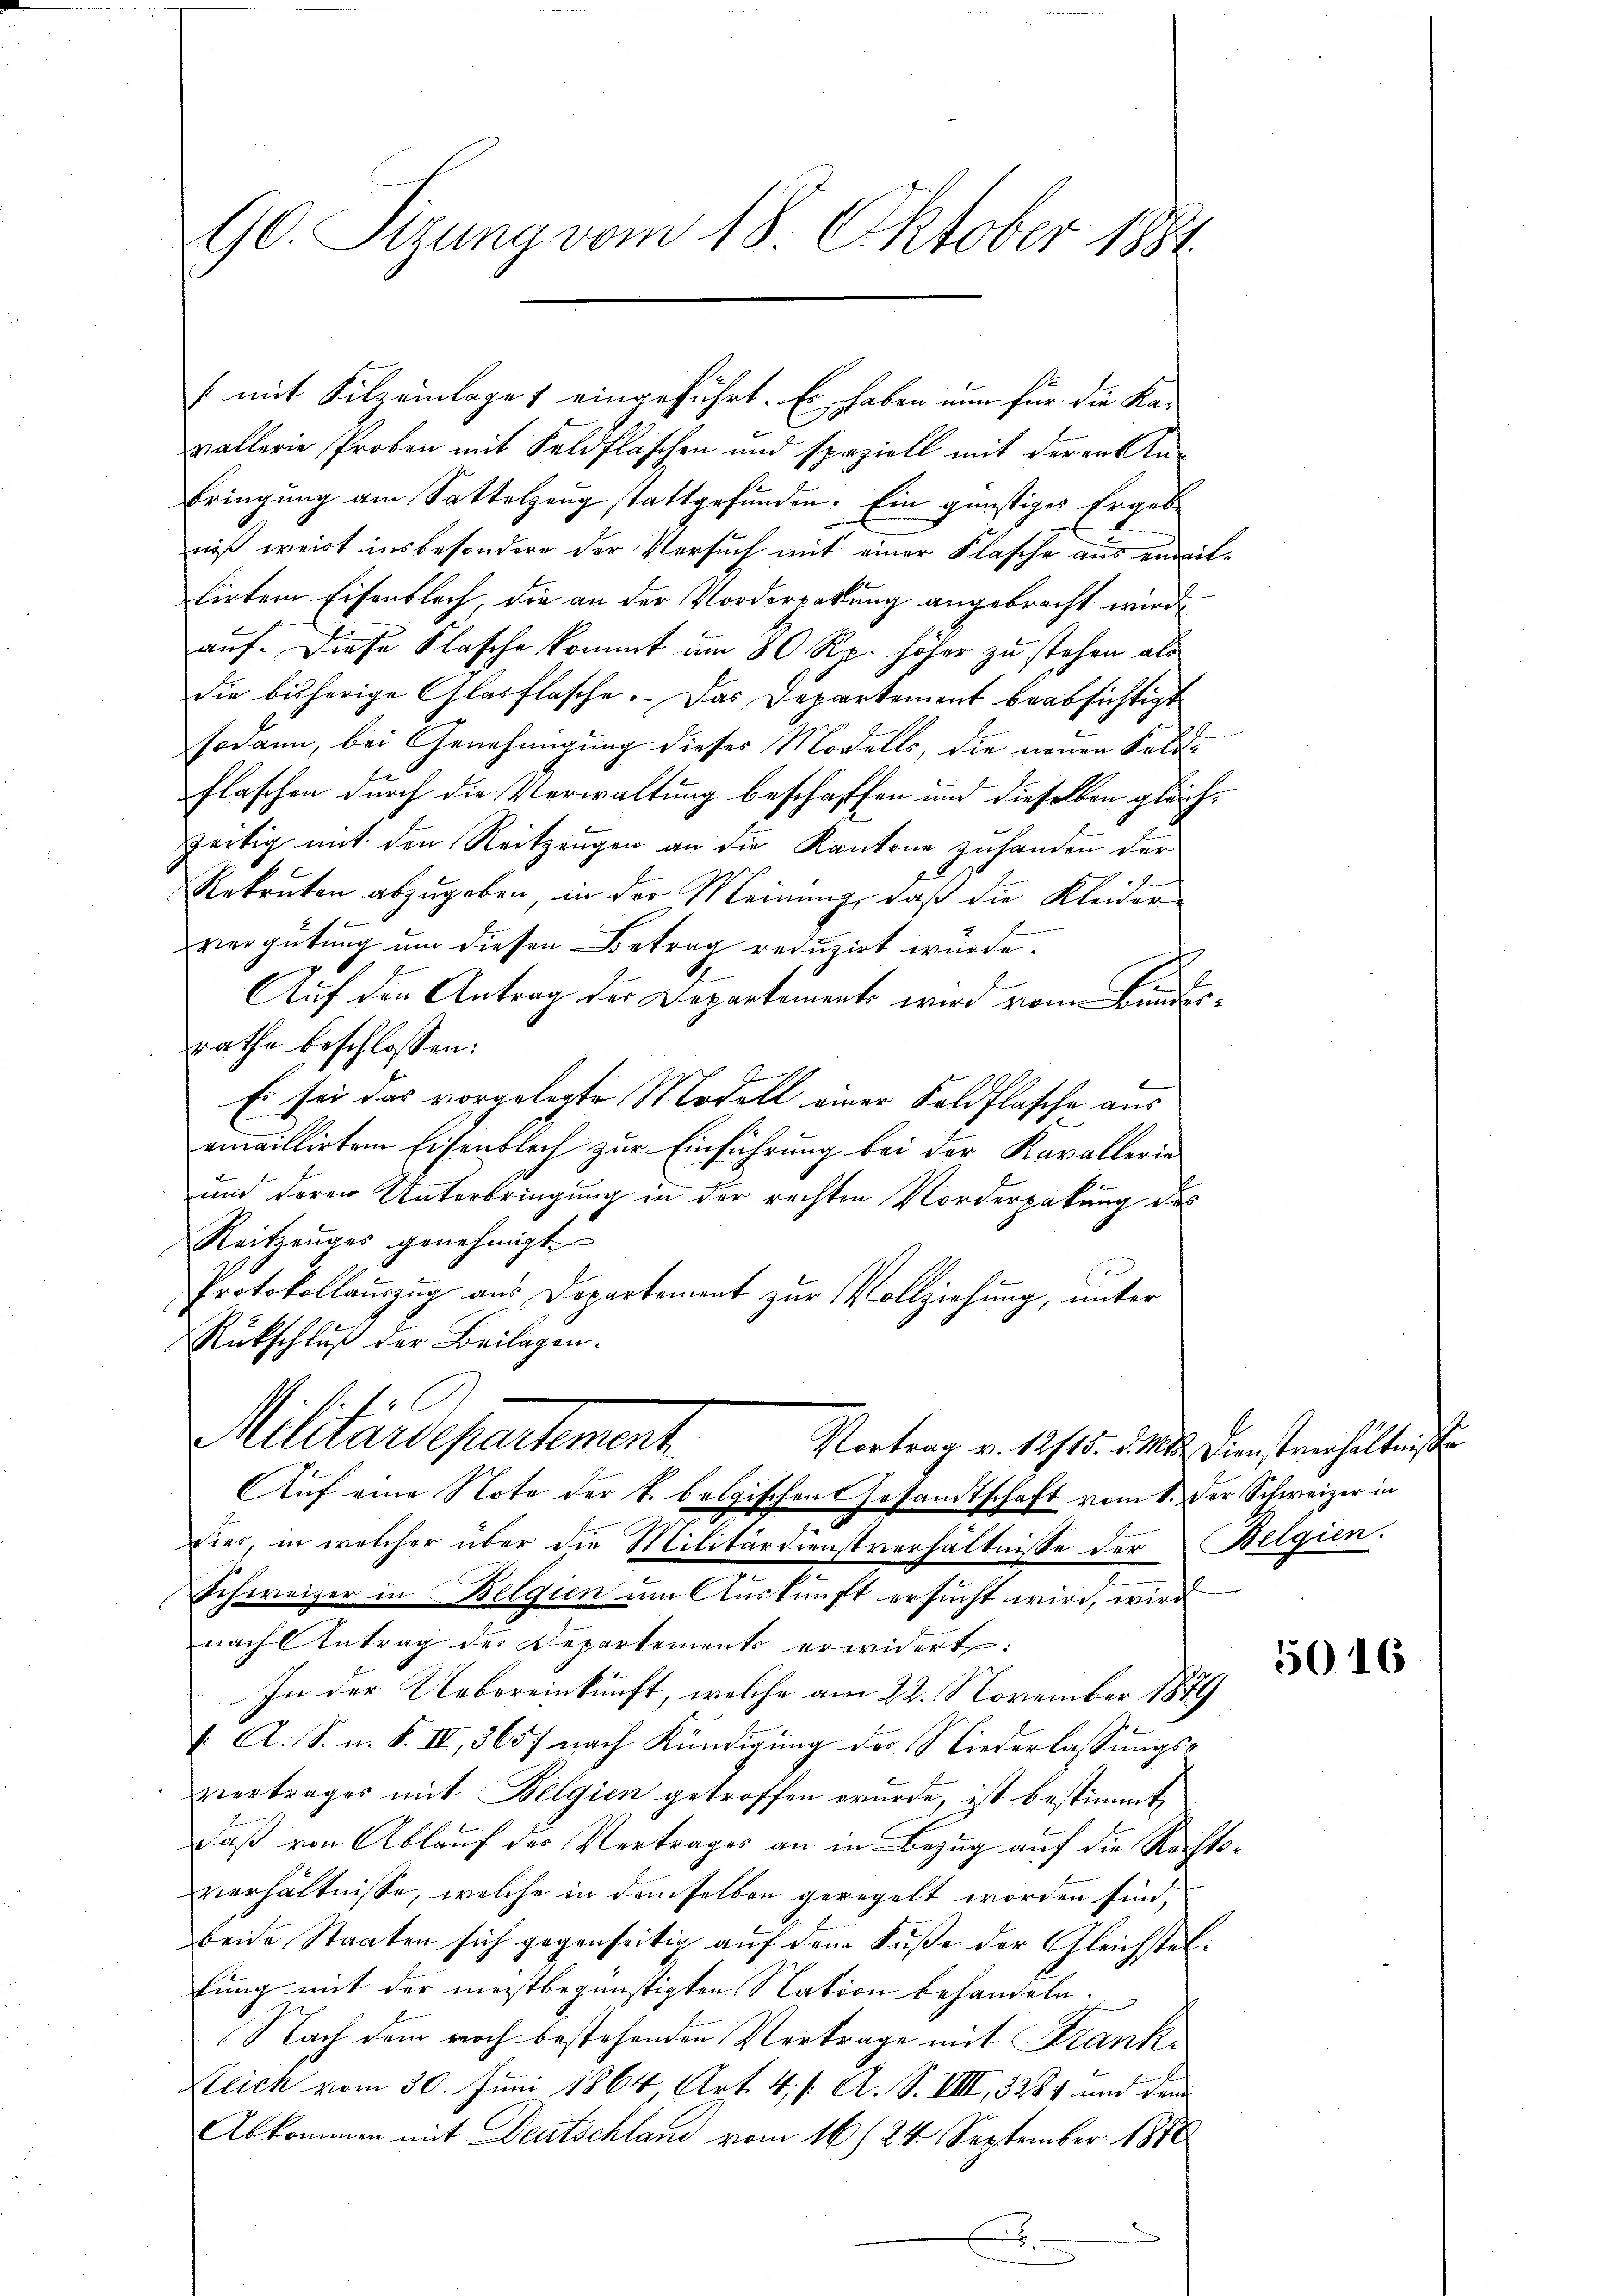
90. Sitzung vom 18. Oktober 1884

vallerie Proben mit Feldflaschen und speziell mit deren An¬
Bringung am Sattelzeug stattgefunden. Ein günstiges Ergebniß weist insbesondere der Versuch mit einer Flasche aus einwillirten Eisenblich, die an der Vorderpakung angebracht wird
auf. Diese Klasche kommt um 80 Rp. höher zu stehen als
die bisherige Glasflasche. Das Departement beabsichtigt
sodann, bei Genehmigung dieses Modells, die neuen Salz-
Flaschen durch die Verwaltung beschaffen und dieselben gleichzeitig mit den Reitzeugen an die Kantone zuhanden der
Rekruten abzugeben, in der Meinung, daß die Kleider
vergütung um diesen Betrag reduzirt würde.
Auf den Antrag der Departements wird von Bundesrathe beschlossen:
Es sei das vorgelegte Modell einer Feldflasche aus
emaillirtem Eisenblech zur Einführung bei der Kavallerie
und deren Unterbringung in der rechten Norderpakung des
Reitzenges genehmigt.
Protokollauszug aus Departement zur Vollziehung, unter
Rückschluß der Beilagen.
V. S. 12
Militardepartement
Vortrag v. 12115. d. Mts. Dienstverhältnisse
Auf eine Note der T. belgischen Gesandtschaft vom 1. der Schweizer in
2
Eier, in welcher über die Militärdienstverhältnisse der Belgien.
.
Schweizer in Belgien um Auskunft ersucht wird, wird
nach Antrag der Departements erwidert:
In der Uebereinkunft, welche am 22. November 1879
V. A. S. n. F. IV, 3657 nach Kündigung der Niederlassungsvertrages mit Belgien getroffen wurde, ist bestimmt,
Daß von Ablauf des Vertrages an in Bezug auf die Rechtsverhältnisse, welche in demselben geregelt worden sind,
beide Staaten sich gegenseitig auf dem Fuße der Gleichstelfung mit der meistbegünstigten Nation behandeln.
Nach dem noch bestehenden Vertrage mit Frank¬
Stlich vom 30. Juni 1864 Art. 4 f. A. S. VIII, 3281 und dem
Abkommen mit Deutschland vom 16/24. September 1890
x

[mit Filzeinlage eingeführt. Es haben nun für die Ka-

5016